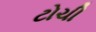
ટોચી